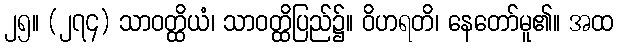
၂၅။ (၂၇၄) သာဝတ္ထိယံ၊ သာဝတ္ထိပြည်၌။ ဝိဟရတိ၊ နေတော်မူ၏။ အထ